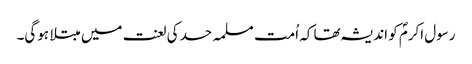
رسول اکرمؐ کو اندیشہ تھا کہ اُمت مسلمہ حسد کی لعنت میں مبتلا ہوگی۔